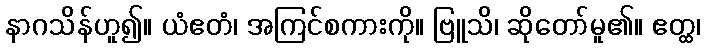
နာဂသိန်ဟူ၍။ ယံဧတံ၊ အကြင်စကားကို။ ဗြူသိ၊ ဆိုတော်မူ၏။ ဧတ္ထ၊